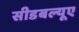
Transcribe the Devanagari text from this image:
सीडबल्यूए